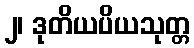
၂၊ ဒုတိယပိယသုတ္တ